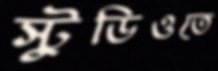
স্টুডিওতে